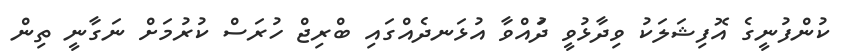
ކުންފުނީގެ އޮފިޝަލަކު ވިދާޅުވީ ދުައްވާ އުޅަނދެއްގައި ބްރިޖް ހުރަސް ކުރުމަށް ނަގާނީ ތިން